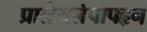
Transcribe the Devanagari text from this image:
प्रालेयलेपापहृन्